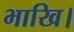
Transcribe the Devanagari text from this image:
भाखि।